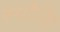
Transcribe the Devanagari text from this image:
स्पौनिंग